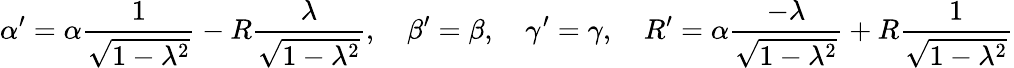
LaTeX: \alpha^{\prime}=\alpha{\frac{1}{\sqrt{1-\lambda^{2}}}}-R{\frac{\lambda}{\sqrt{1-\lambda^{2}}}},\quad\beta^{\prime}=\beta,\quad\gamma^{\prime}=\gamma,\quad R^{\prime}=\alpha{\frac{-\lambda}{\sqrt{1-\lambda^{2}}}}+R{\frac{1}{\sqrt{1-\lambda^{2}}}}